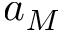
a _ { M }